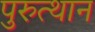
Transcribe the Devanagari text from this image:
पुरुत्थान